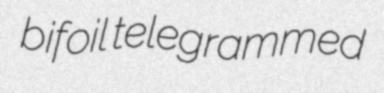
bifoil telegrammed